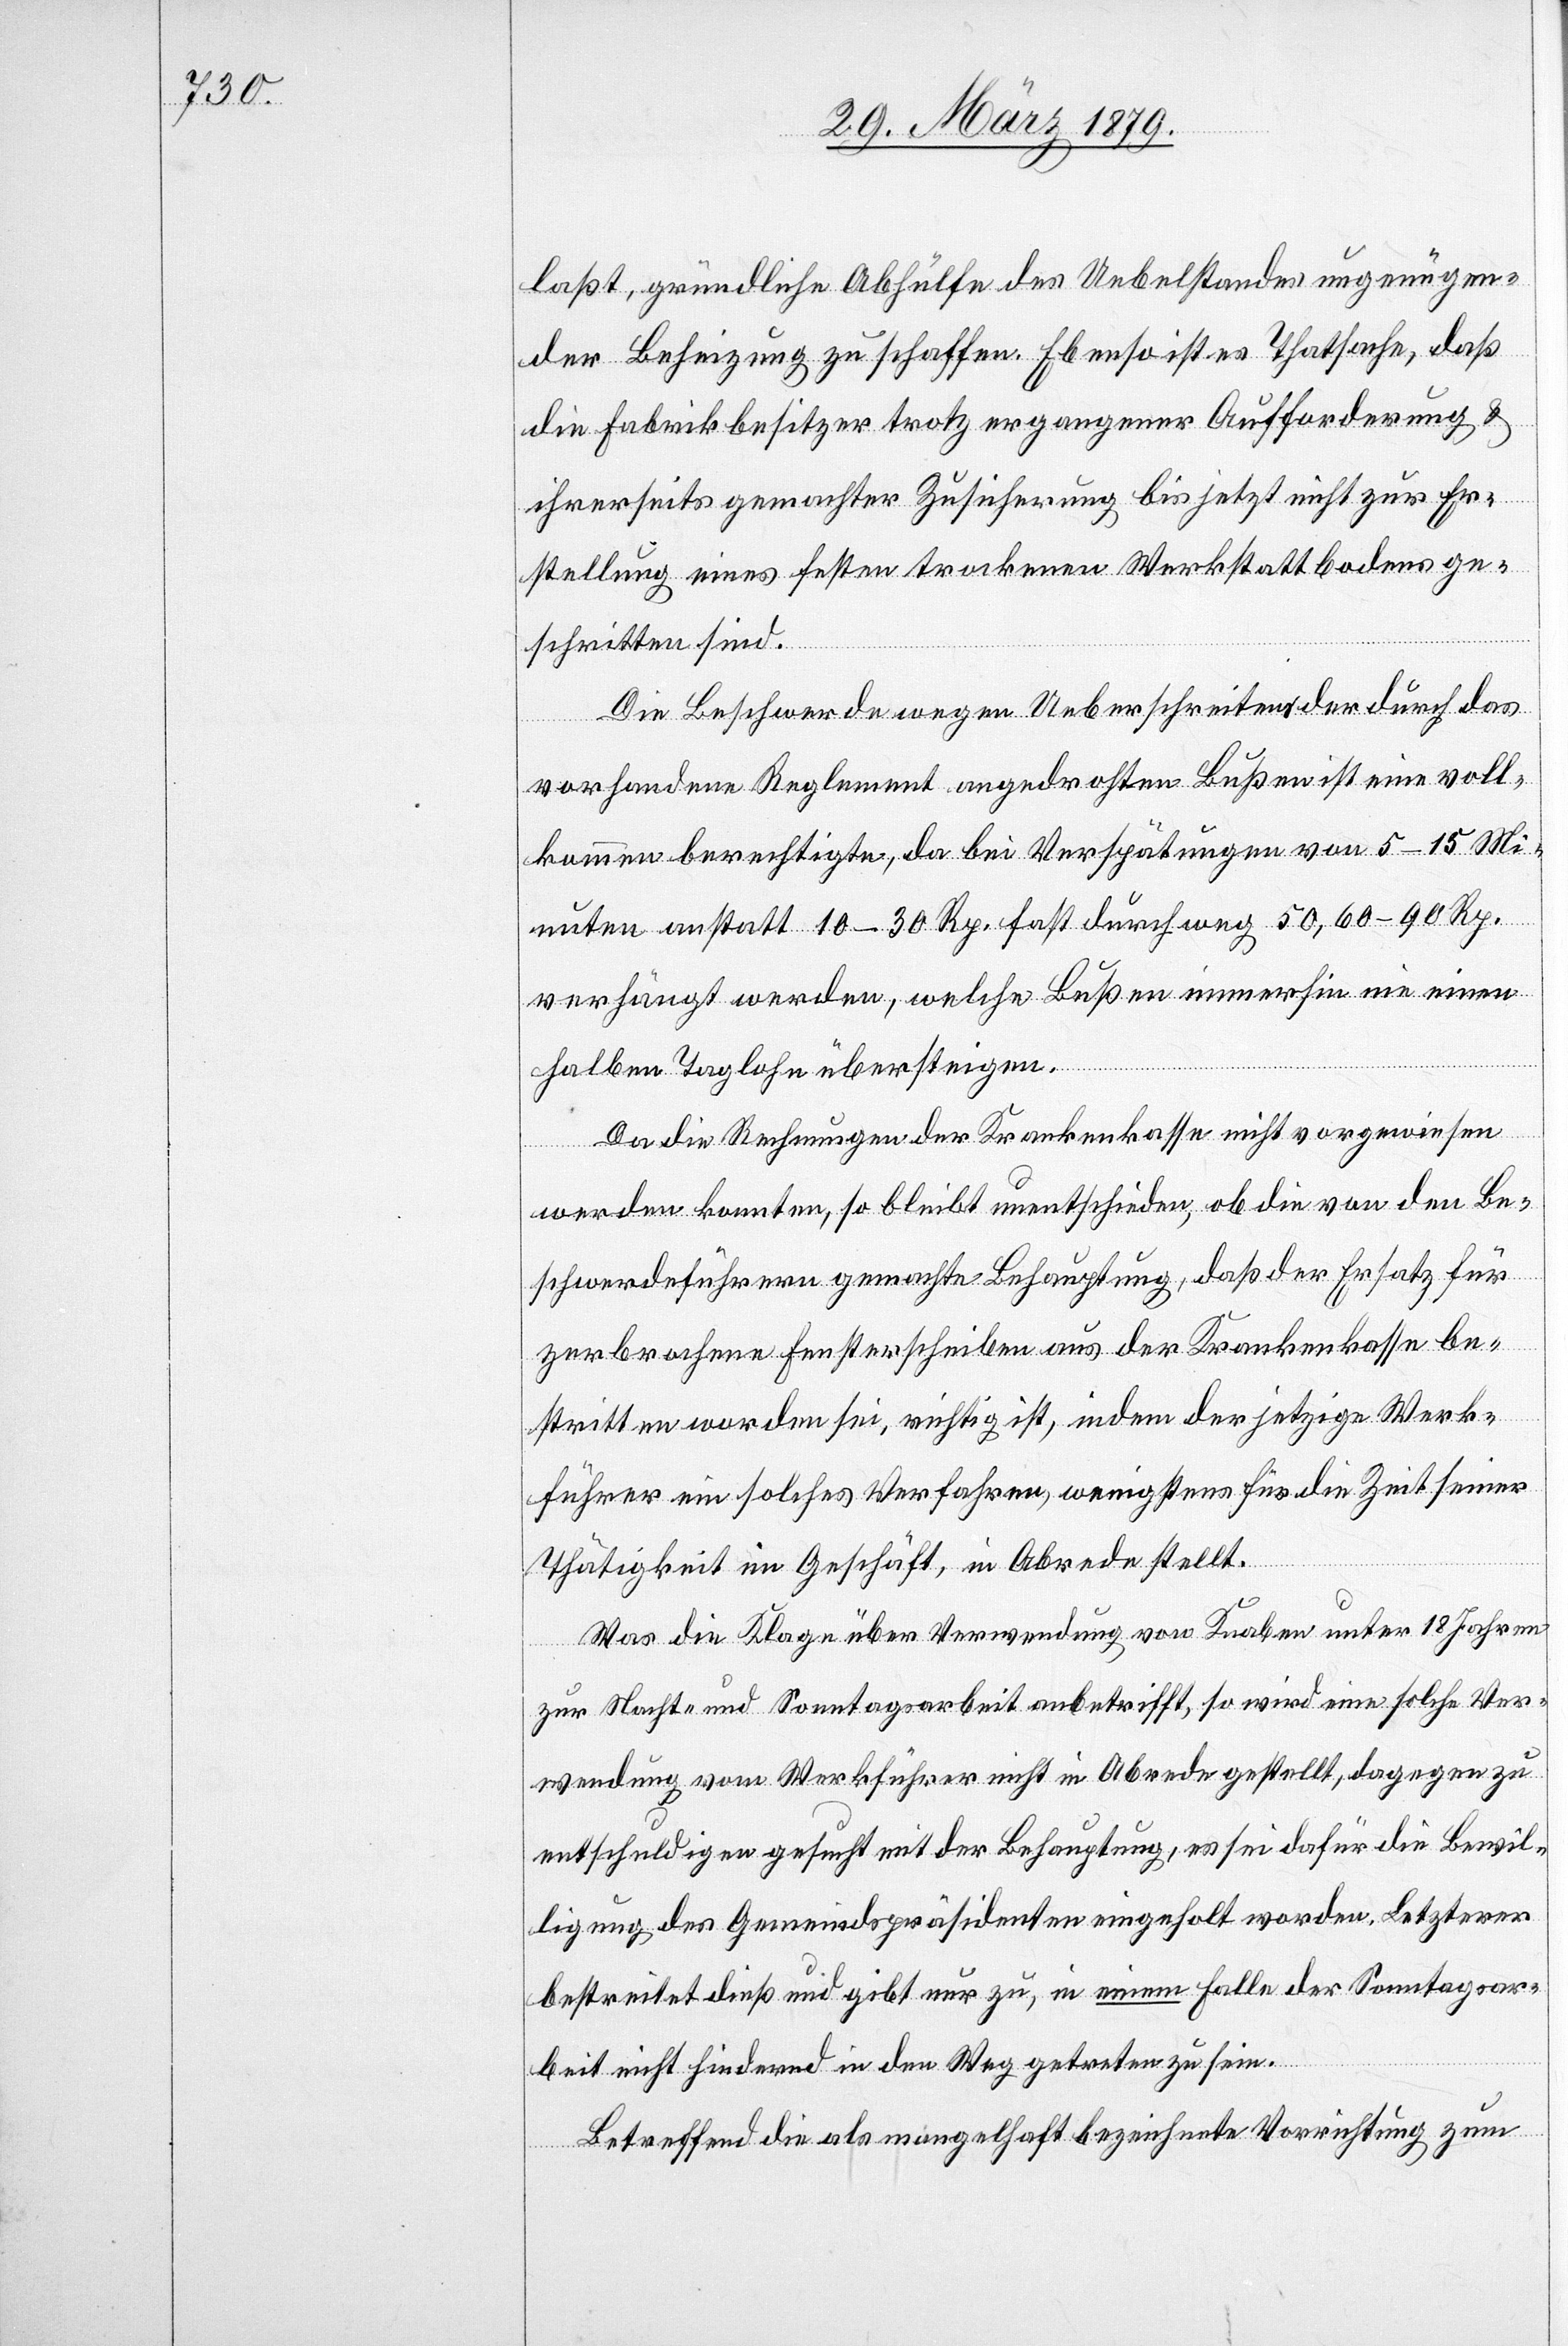
laßt, gründliche Abhülfe des Uebelstandes ungenügen¬
der Beheizung zu schaffen. Ebenso ist es Thatsache, daß
die Fabrikbesitzer trotz ergangener Aufforderung &
ihrerseits gemachter Zusicherung bis jetzt nicht zur Er¬
stellung eines festen trockenen Werkstattbodens ge¬
schritten sind.
Die Beschwerde wegen Ueberschreitens der durch das
vorhandene Reglement angedrohten Bußen ist eine voll¬
kommen berechtigte, da bei Verspätungen von 5–15 Mi¬
nuten anstatt 10–30 Rp. fast durchweg 50, 60–90 Rp.
verhängt werden, welche Bußen immerhin nie einen
halben Taglohn übersteigen.
Da die Rechnungen der Krankenkasse nicht vorgewiesen
werden konnten, so bleibt unentschieden, ob die von den Be¬
schwerdeführern gemachte Behauptung, daß der Ersatz für
zerbrochene Fensterscheiben aus der Krankenkasse be¬
stritten worden sei, richtig sei, indem der jetzige Werk¬
führer ein solches Verfahren, wenigstens für die Zeit seiner
Thätigkeit im Geschäft, in Abrede stellt.
Was die Klage über Verwendung von Knaben unter 18 Jahren
zur Nacht- und Sonntagsarbeit anbetrifft, so wird eine solche Ver¬
wendung vom Werkführer nicht in Abrede gestellt, dagegen zu
entschuldigen gesucht mit der Behauptung, es sei dafür die Bewil¬
ligung des Gemeindspräsidenten eingeholt worden. Letzterer
bestreitet dieß und gibt nur zu, in einem Falle der Sonntagsar¬
beit nicht hindernd in den Weg getreten zu sein.
Betreffend die als mangelhaft bezeichnete Vorrichtung zum